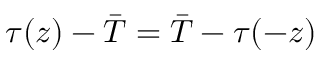
\tau ( z ) - \bar { T } = \bar { T } - \tau ( - z )